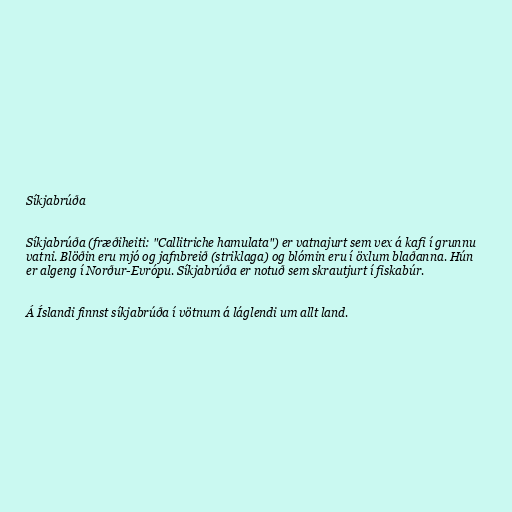
Síkjabrúða

Síkjabrúða (fræðiheiti: "Callitriche hamulata") er vatnajurt sem vex á kafi í grunnu
vatni. Blöðin eru mjó og jafnbreið (striklaga) og blómin eru í öxlum blaðanna. Hún
er algeng í Norður-Evrópu. Síkjabrúða er notuð sem skrautjurt í fiskabúr.

Á Íslandi finnst síkjabrúða í vötnum á láglendi um allt land.